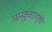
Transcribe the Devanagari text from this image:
पानकुंवरताईंचे